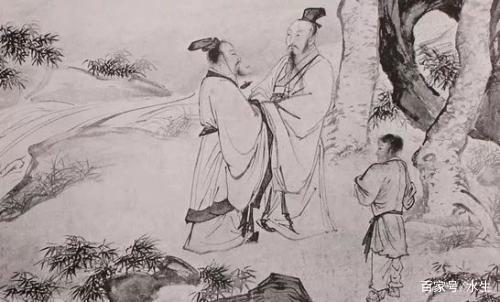
丈夫贫贱应未足，今日相逢无酒钱。